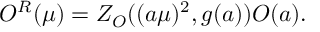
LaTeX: { \cal O } ^ { R } ( \mu ) = Z _ { \cal O } ( ( a \mu ) ^ { 2 } , g ( a ) ) { \cal O } ( a ) .